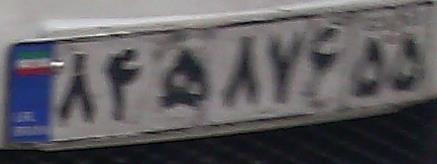
۸۴ه۸۷۶۵۵